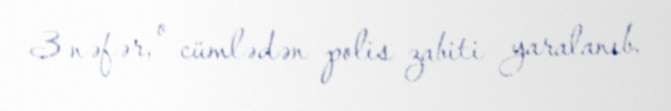
3 nəfər, o cümlədən polis zabiti yaralanıb.